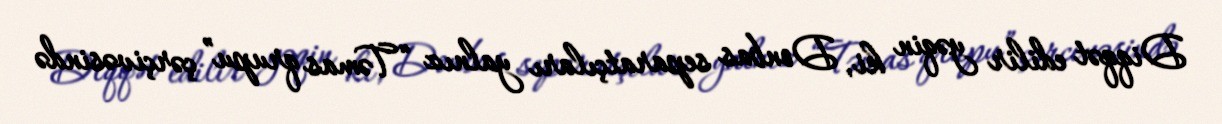
Diqqət edilir yəqin ki, Donbas separatçıları yalnız “Təmas qrupu” çərçivəsində